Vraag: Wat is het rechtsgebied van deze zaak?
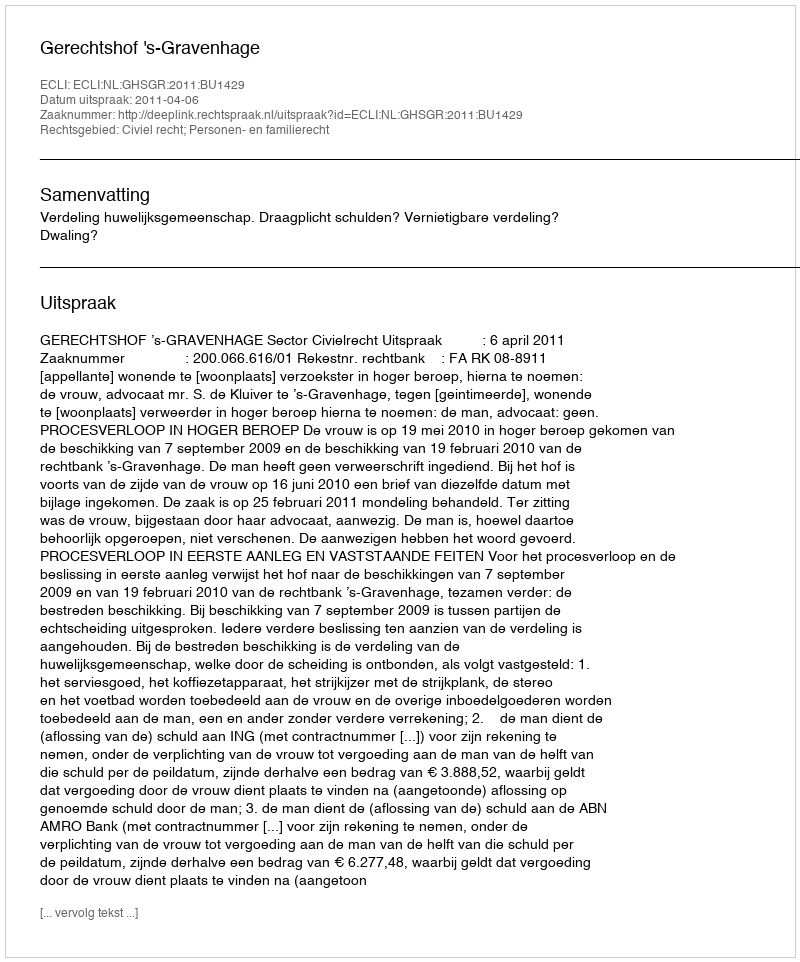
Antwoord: Civiel recht; Personen- en familierecht